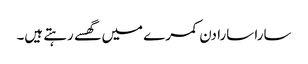
سارا سارا دن کمرے میں گھسے رہتے ہیں۔